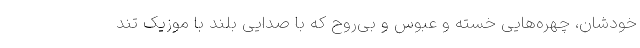
خودشان، چهره‌هایی خسته و عبوس و بی‌روح که با صدایی بلند با موزیک تند